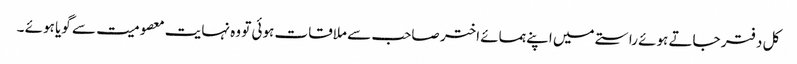
کل دفتر جاتے ہوئے راستے میں اپنے ہمسائے اختر صاحب سے ملاقات ہوئی تو وہ نہایت معصومیت سے گویا ہوئے ۔